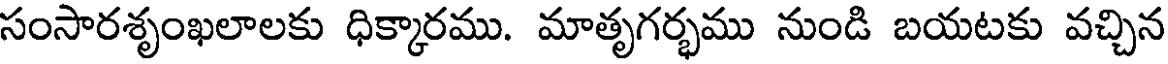
సంసారశృంఖలాలకు ధిక్కారము. మాతృగర్భము నుండి బయటకు వచ్చిన